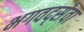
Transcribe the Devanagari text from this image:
भगवद्सेवा